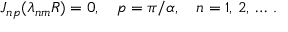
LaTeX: J _ { n p } ( \lambda _ { n m } R ) = 0 , \quad p = \pi / \alpha , \quad n = 1 , \, 2 , \, \ldots \, { . }